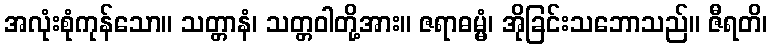
အလုံးစုံကုန်သော။ သတ္တာနံ၊ သတ္တဝါတို့အား။ ဇရာဓမ္မံ၊ အိုခြင်းသဘောသည်။ ဇီရတိ၊